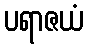
ပရာဇယံ